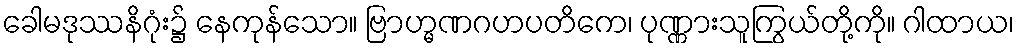
ခေါမဒုဿနိဂုံး၌ နေကုန်သော။ ဗြာဟ္မဏဂဟပတိကေ၊ ပုဏ္ဏားသူကြွယ်တို့ကို။ ဂါထာယ၊